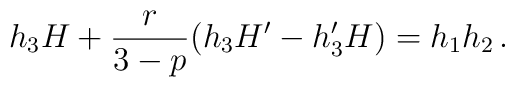
h_3 H + \frac{r}{3-p} ( h_3 H' - h_3' H ) = h_1 h_2 \,.